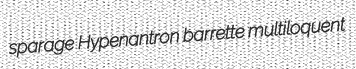
sparage Hypenantron barrette multiloquent